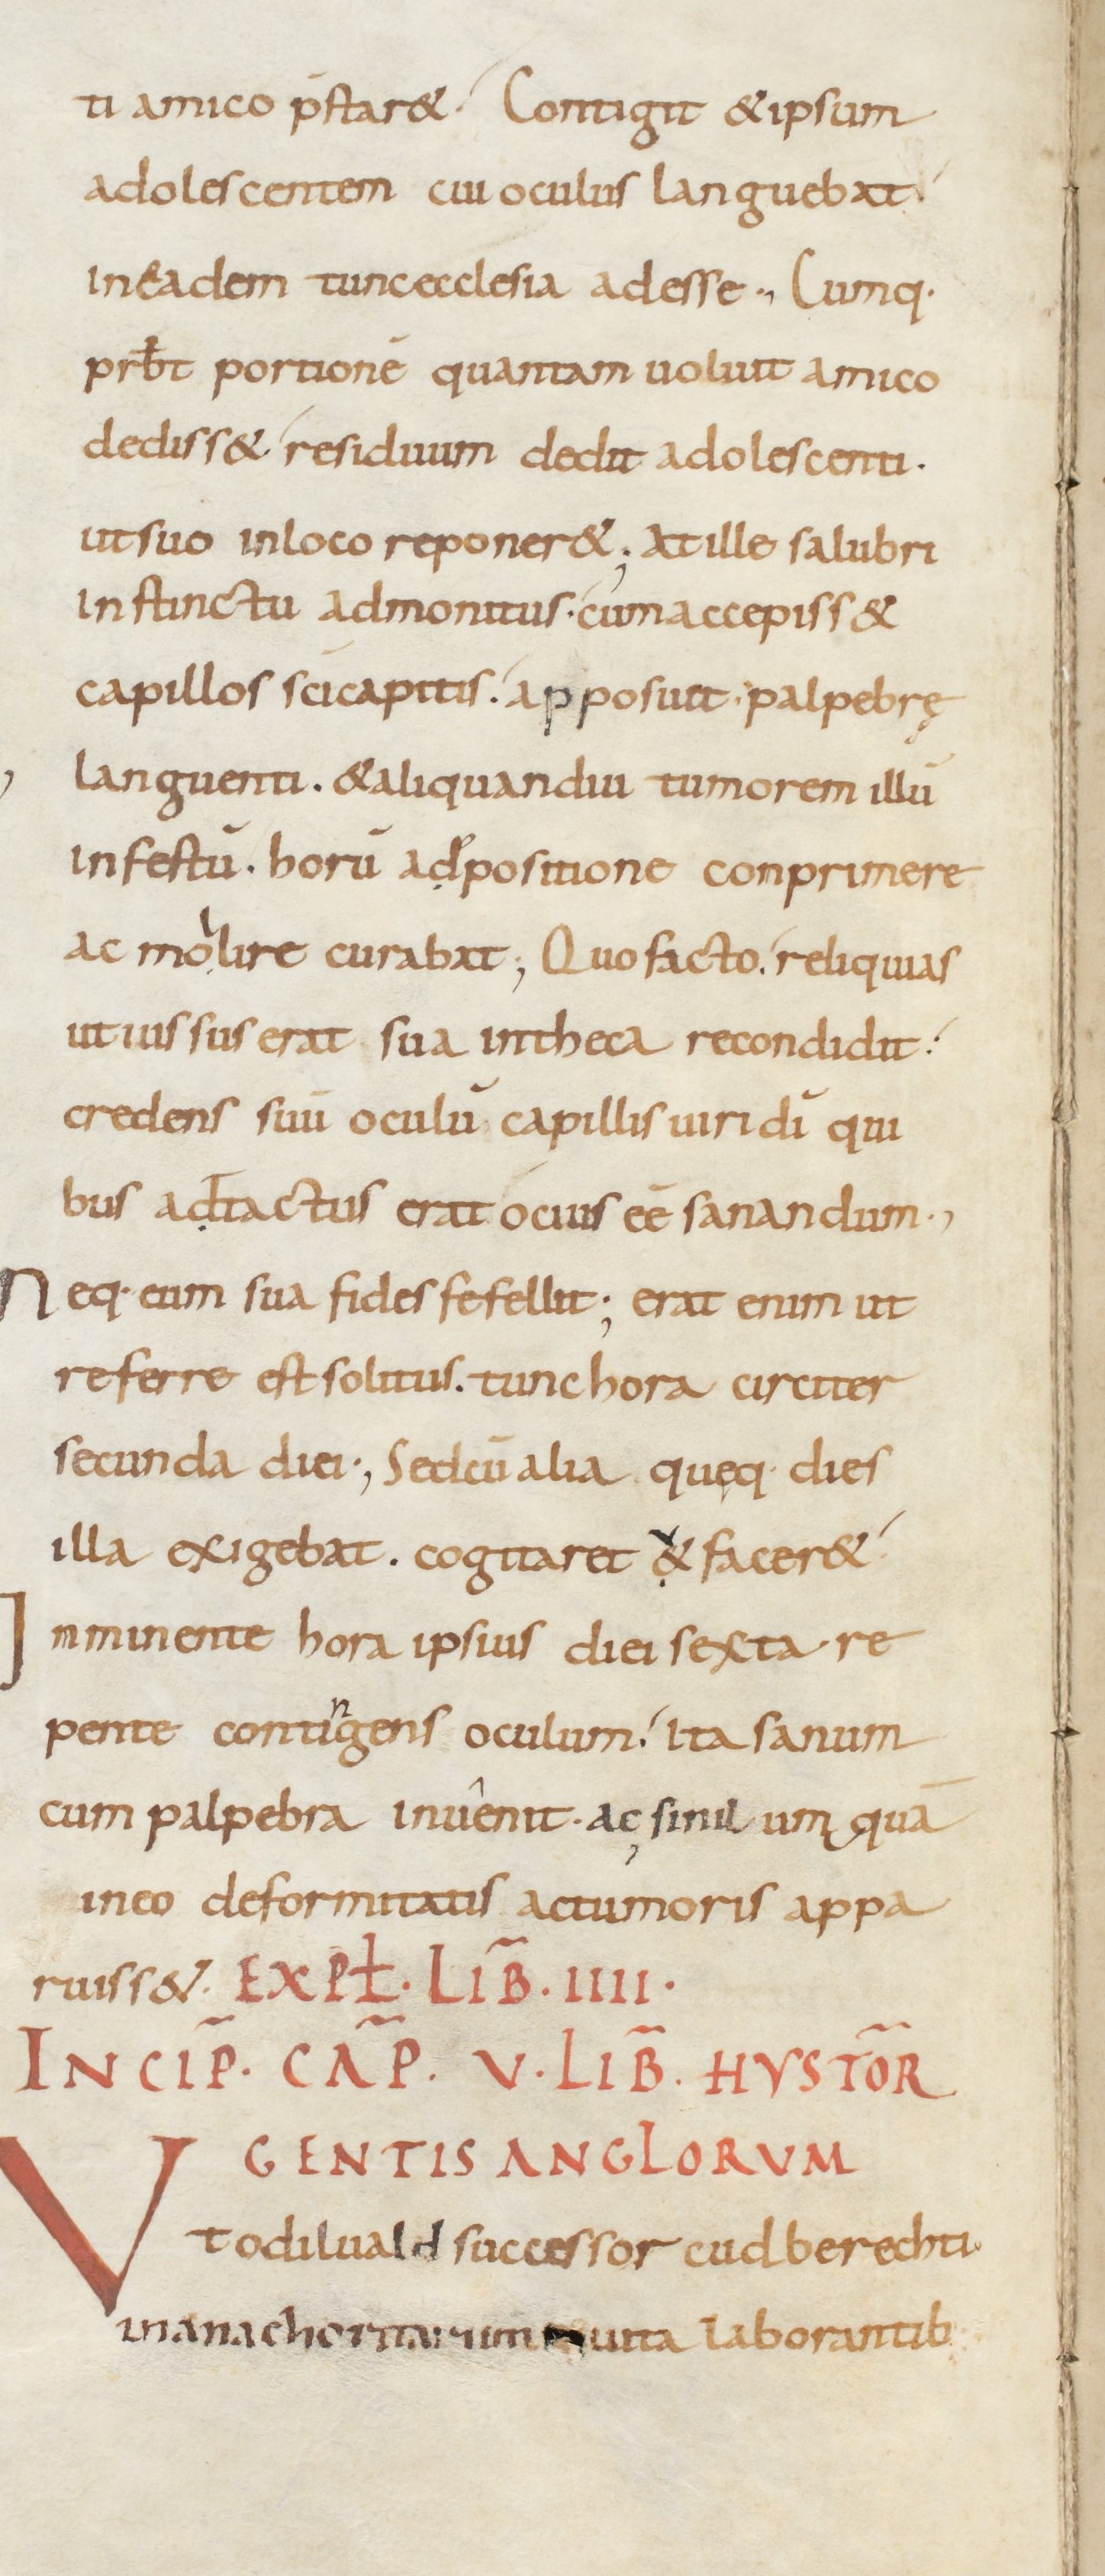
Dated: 800–899